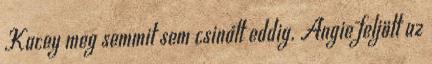
Kacey meg semmit sem csinált eddig. Angie feljött az